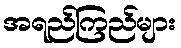
အရည်ကြည်များ